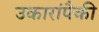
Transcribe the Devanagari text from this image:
उकारांपैकी